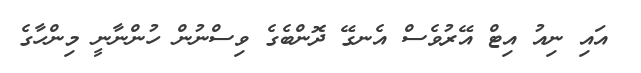
އައި ނިއު އިޓް އޭރުވެސް އެނގޭ ދޮންބެގެ ވިސްނުން ހުންނާނީ މިންހާގެ